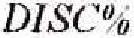
DISC%